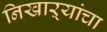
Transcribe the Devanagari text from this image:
निखाऱ्यांचा